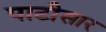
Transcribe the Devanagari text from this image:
पाटीसार